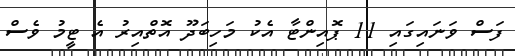
ފަސް ވަނައިގައި 11 ޕޮއިންޓާ އެކު މަހިބަދޫ އޮތްއިރު އެ ޓީމު ވެސް